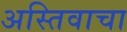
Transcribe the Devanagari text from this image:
अस्तिवाचा